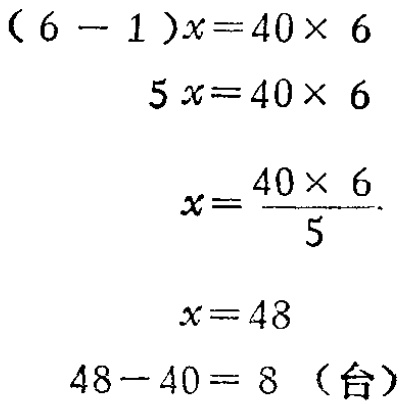
\((6 - 1)x = 40\times 6\)

\(5x = 40\times 6\)

\(x=\frac{40\times 6}{5}\)

\(x = 48\)

\(48 - 40 = 8\)（台）